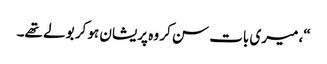
“، میری بات سن کر وہ پریشان ہو کر بولے تھے۔